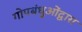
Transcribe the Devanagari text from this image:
गोपबंधुओंद्वारा